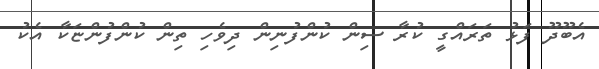
އެބޫދޫ ފަޅު ތަރައްގީ ކުރާ ސިން ކުންފުނިން ދިވެހި ތިން ކުންފުންޏަކާ އެކު